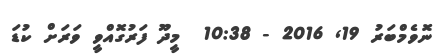
ނޮވެމްބަރު 19